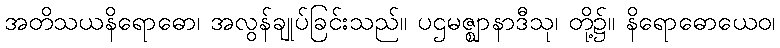
အတိသယနိရောဓော၊ အလွန်ချုပ်ခြင်းသည်။ ပဌမဇ္ဈာနာဒီသု၊ တို့၌။ နိရောဓောယေဝ၊